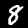
Digit: 8